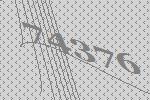
74376